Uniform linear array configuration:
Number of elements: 48
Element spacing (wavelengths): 0.5
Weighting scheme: uniform
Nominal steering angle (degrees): -30
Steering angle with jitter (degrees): -31.409
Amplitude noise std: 0.05
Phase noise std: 0.05

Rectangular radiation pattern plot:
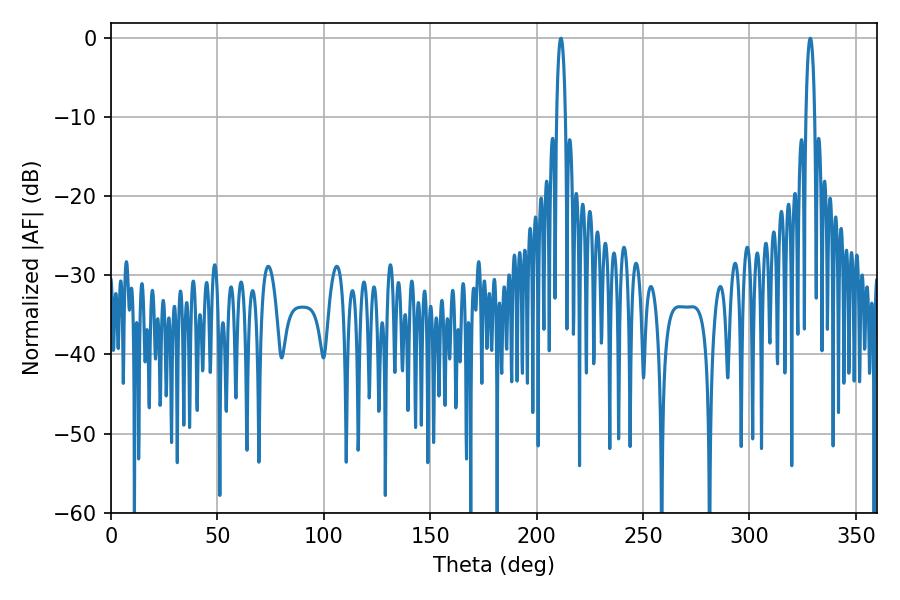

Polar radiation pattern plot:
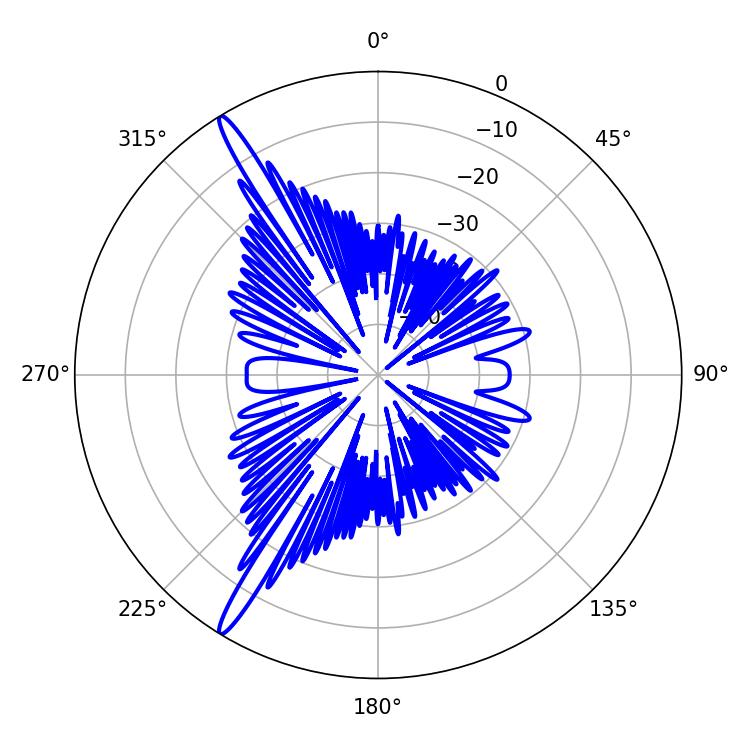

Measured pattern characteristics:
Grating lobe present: FALSE
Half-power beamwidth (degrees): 2.34
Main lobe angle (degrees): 328.5